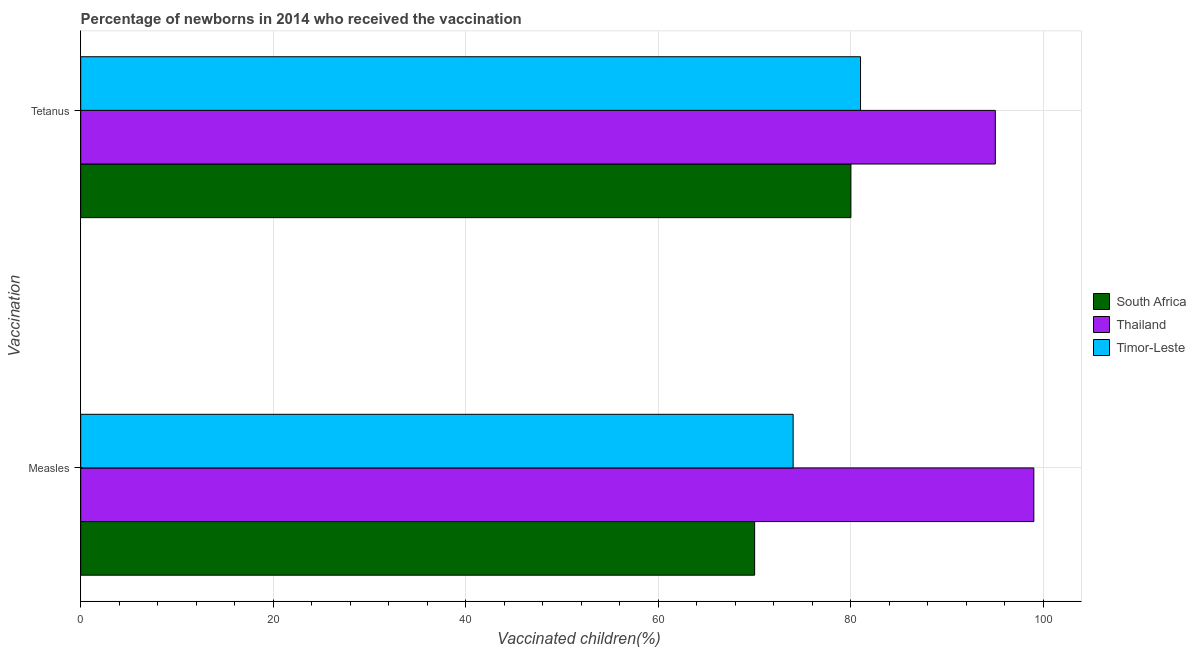
| Vaccination | South Africa | Thailand | Timor-Leste |
 | --- | --- | --- | --- |
 | Measles | 70 | 99 | 74 |
 | Tetanus | 80 | 95 | 81 |